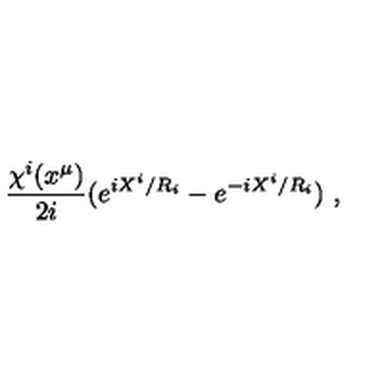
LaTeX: \frac { \chi ^ { i } ( x ^ { \mu } ) } { 2 i } ( e ^ { i X ^ { i } / R _ { i } } - e ^ { - i X ^ { i } / R _ { i } } ) \ ,